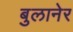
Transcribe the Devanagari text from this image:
बुलानेर